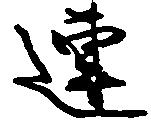
連